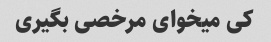
کی میخوای مرخصی بگیری